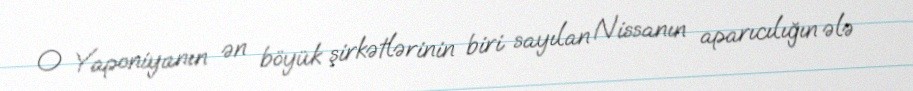
O Yaponiyanın ən böyük şirkətlərinin biri sayılan Nissanın aparıcılığın ələ